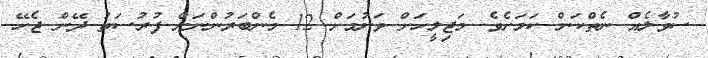
ސުވާލެއް ނެތްކަން ކަމަށެވެ. މަޖިލީހަށް ވަނުމަށް 12 މެންބަރުންނަށް ފުރުސަތު ދޭން ޖެހޭ